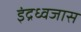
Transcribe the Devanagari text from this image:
इंद्रध्वजास